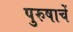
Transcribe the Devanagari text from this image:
पुरुषाचें